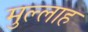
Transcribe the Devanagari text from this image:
मुल्‍लाह